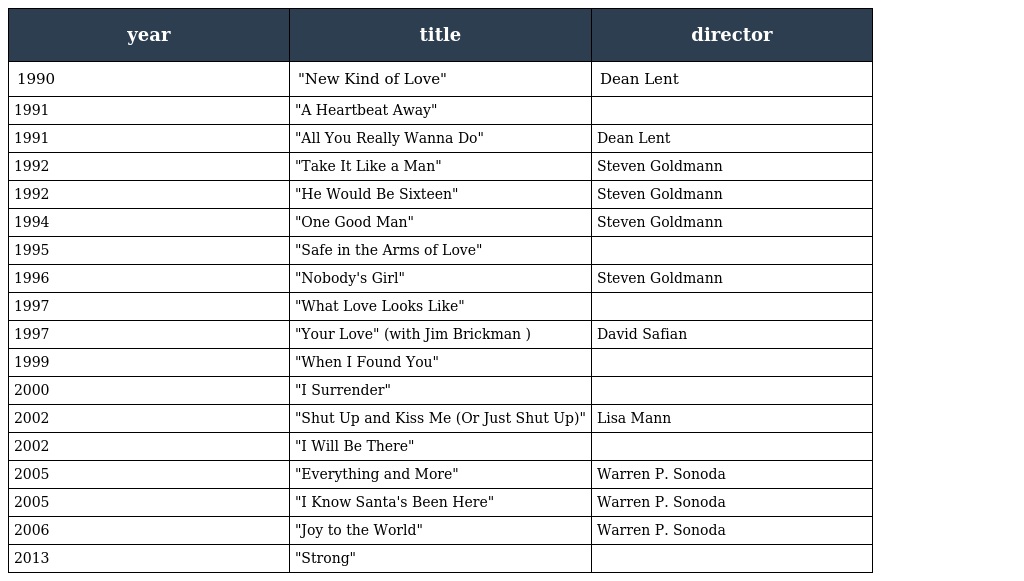
| year | title | director |
 | --- | --- | --- |
 | 1990 | "New Kind of Love" | Dean Lent |
 | 1991 | "A Heartbeat Away" |  |
 | 1991 | "All You Really Wanna Do" | Dean Lent |
 | 1992 | "Take It Like a Man" | Steven Goldmann |
 | 1992 | "He Would Be Sixteen" | Steven Goldmann |
 | 1994 | "One Good Man" | Steven Goldmann |
 | 1995 | "Safe in the Arms of Love" |  |
 | 1996 | "Nobody's Girl" | Steven Goldmann |
 | 1997 | "What Love Looks Like" |  |
 | 1997 | "Your Love" (with Jim Brickman ) | David Safian |
 | 1999 | "When I Found You" |  |
 | 2000 | "I Surrender" |  |
 | 2002 | "Shut Up and Kiss Me (Or Just Shut Up)" | Lisa Mann |
 | 2002 | "I Will Be There" |  |
 | 2005 | "Everything and More" | Warren P. Sonoda |
 | 2005 | "I Know Santa's Been Here" | Warren P. Sonoda |
 | 2006 | "Joy to the World" | Warren P. Sonoda |
 | 2013 | "Strong" |  |